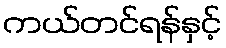
ကယ်တင်ရန်နှင့်